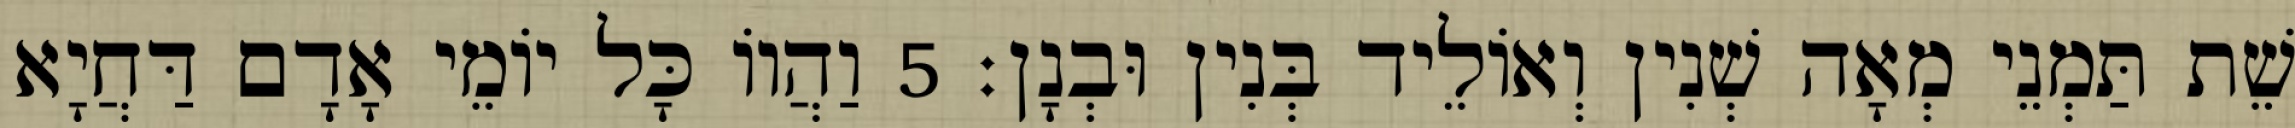
שֵׁת תַּמְנֵי מְאָה שְׁנִין וְאוֹלֵיד בְּנִין וּבְנָן׃ 5 וַהֲווֹ כָּל יוֹמֵי אָדָם דַּחֲיָא